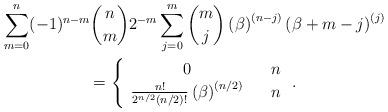
LaTeX: \begin{gather*}\sum_{m=0}^{n}(-1)^{n-m}\binom{n}{m}2^{-m}\sum_{j=0}^{m}\binom{m}{j}\left(\beta \right) ^{\left( n-j\right) }\left( \beta +m-j\right) ^{\left(j\right) } \\=\left\{ \begin{array}{ccc}0 & & n \\ \frac{n!}{2^{n/2}(n/2)!}\left( \beta \right) ^{\left( n/2\right) } & & n\end{array}\right. .\end{gather*}